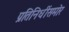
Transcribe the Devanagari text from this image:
प्रतिनिधींसमोर